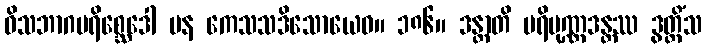
ဝိသဘာဂပရိစ္ဆေဒေါ ပန ကေသသဒိသောယေဝ။ ၁၈၆။ ဒန္တာတိ ပရိပုဏ္ဏဒန္တဿ ဒွတ္တိံသ